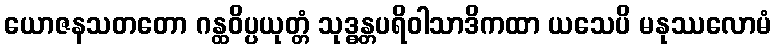
ယောဇနသတတော ဂန္ထဝိပ္ပယုတ္တံ သုဒ္ဓန္တပရိဝါသာဒိကထာ ယသေပိ မနုဿလောမံ